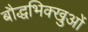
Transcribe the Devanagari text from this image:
बौद्धभिक्खुओं